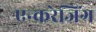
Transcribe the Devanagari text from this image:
एन्करेजिंग